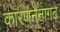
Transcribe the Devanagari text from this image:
कारणनैनागढ़